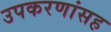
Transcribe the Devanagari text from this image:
उपकरणांसह